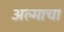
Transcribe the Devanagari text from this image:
अल्माचा